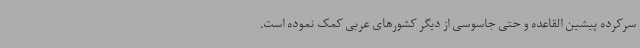
سرکرده پیشین القاعده و حتی جاسوسی از دیگر کشورهای عربی کمک نموده است.